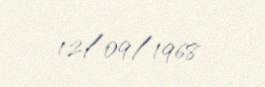
12/09/1968